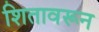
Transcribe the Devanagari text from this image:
शितावरून